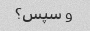
و سپس؟